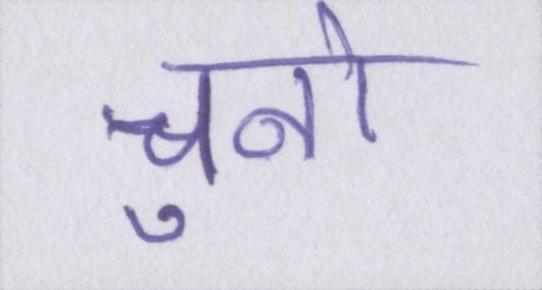
चुनो